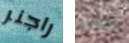
راجنر ربما